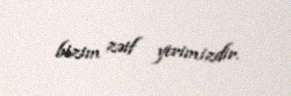
bizim zəif yerimizdir.